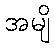
အမျိ